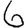
Digit: 6